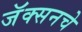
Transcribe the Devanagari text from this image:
जॅक्सनचे